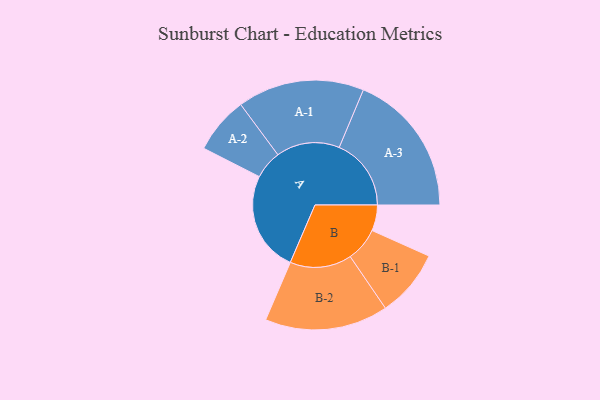
{"axis": {"x": "Segment", "y": "Value"}, "legend": ["", "A", "B"], "data": [{"x": "A", "y": 389, "type": ""}, {"x": "B", "y": 100, "type": ""}, {"x": "A-1", "y": 246, "type": "A"}, {"x": "A-2", "y": 110, "type": "A"}, {"x": "A-3", "y": 279, "type": "A"}, {"x": "B-1", "y": 131, "type": "B"}, {"x": "B-2", "y": 239, "type": "B"}]}